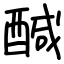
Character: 醎